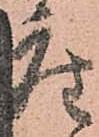
座